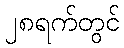
၂၈ရက်တွင်